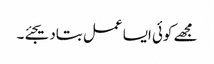
مجھے کوئی ایسا عمل بتادیجئے۔